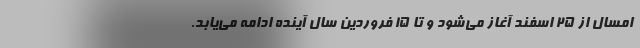
امسال از 25 اسفند آغاز می‌شود و تا 15 فروردین سال آینده ادامه می‌یابد.